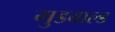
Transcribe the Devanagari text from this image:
गुडवाल्ड